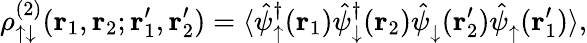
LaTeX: \rho_{\uparrow\downarrow}^{(2)}(\mathbf{r}_{1},\mathbf{r}_{2};\mathbf{r}_{1}^{\prime},\mathbf{r}_{2}^{\prime})=\langle\hat{\psi}_{\uparrow}^{\dagger}(\mathbf{r}_{1})\hat{\psi}_{\downarrow}^{\dagger}(\mathbf{r}_{2})\hat{\psi}_{\downarrow}^{\phantom{\dagger}}(\mathbf{r}_{2}^{\prime})\hat{\psi}_{\uparrow}^{\phantom{\dagger}}(\mathbf{r}_{1}^{\prime})\rangle,